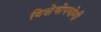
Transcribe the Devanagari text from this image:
विशेषोपयोगी